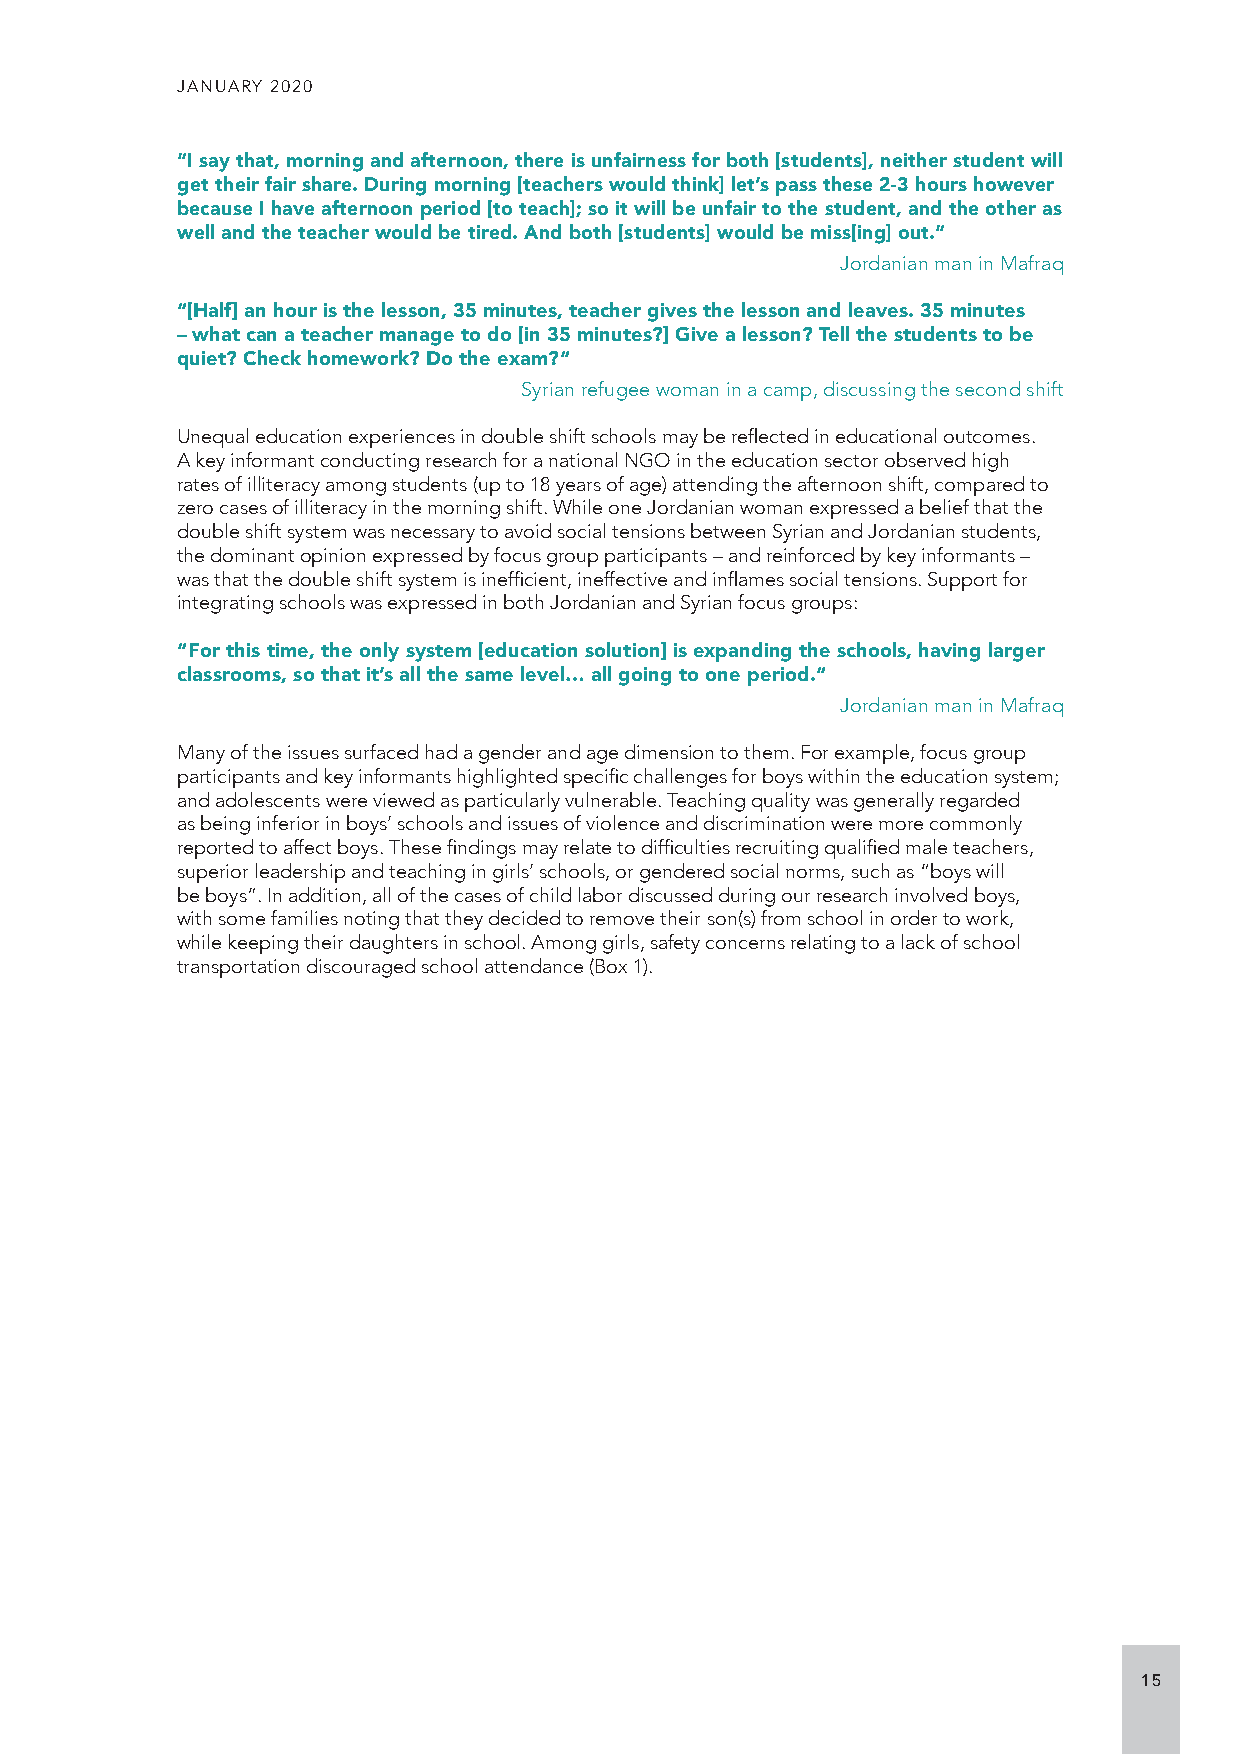
JANUARY 2020
 “I say that, morning and afternoon, there is unfairness for both [students], neither student will
 get their fair share. During morning [teachers would think] let’s pass these 2-3 hours however
 because I have afternoon period [to teach]; so it will be unfair to the student, and the other as
 well and the teacher would be tired. And both [students] would be miss[ing] out.“
 Jordanian man in Mafraq
 “[Half] an hour is the lesson, 35 minutes, teacher gives the lesson and leaves. 35 minutes
 – what can a teacher manage to do [in 35 minutes?] Give a lesson? Tell the students to be
 quiet? Check homework? Do the exam?“
 Syrian refugee woman in a camp, discussing the second shift
 Unequal education experiences in double shift schools may be reflected in educational outcomes.
 A key informant conducting research for a national NGO in the education sector observed high
 rates of illiteracy among students (up to 18 years of age) attending the afternoon shift, compared to
 zero cases of illiteracy in the morning shift. While one Jordanian woman expressed a belief that the
 double shift system was necessary to avoid social tensions between Syrian and Jordanian students,
 the dominant opinion expressed by focus group participants – and reinforced by key informants –
 was that the double shift system is inefficient, ineffective and inflames social tensions. Support for
 integrating schools was expressed in both Jordanian and Syrian focus groups:
 “For this time, the only system [education solution] is expanding the schools, having larger
 classrooms, so that it’s all the same level… all going to one period.“
 Jordanian man in Mafraq
 Many of the issues surfaced had a gender and age dimension to them. For example, focus group
 participants and key informants highlighted specific challenges for boys within the education system;
 and adolescents were viewed as particularly vulnerable. Teaching quality was generally regarded
 as being inferior in boys’ schools and issues of violence and discrimination were more commonly
 reported to affect boys. These findings may relate to difficulties recruiting qualified male teachers,
 superior leadership and teaching in girls’ schools, or gendered social norms, such as “boys will
 be boys”. In addition, all of the cases of child labor discussed during our research involved boys,
 with some families noting that they decided to remove their son(s) from school in order to work,
 while keeping their daughters in school. Among girls, safety concerns relating to a lack of school
 transportation discouraged school attendance (Box 1).
 15